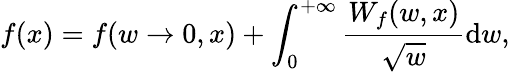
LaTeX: f(x)=f(w\rightarrow 0,x)+\int_{0}^{+\infty}\frac{W_{f}(w,x)}{\sqrt{w}}\mathrm{d}w,